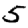
Digit: 5